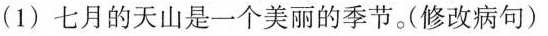
(1)七月的天山是一个美丽的季节。(修改病句)